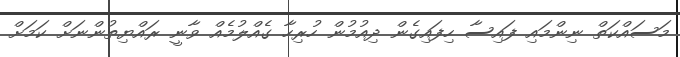
މަސައްކަތް ނިންމައި ފައިސާ ހިފައިގެން ދިއުމުން ހުރިހާ ގެއްލުމެއް ވާނީ ރައްޔިތުންނަށް ކަމަށް